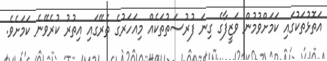
އަތޮޅުތަކުގައި ކަމަށްވުމުން ވަޒީފާގެ ގިނަ ފުރުސަތުތަކެއް މިއަހަރުގެ ތެރޭގައި އިތުރު ކުރެވޭނެ ކަމަށެވެ.